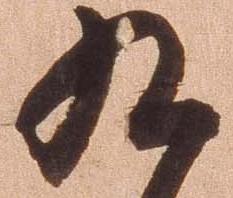
九